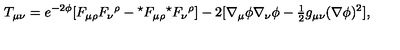
T _ { \mu \nu } = e ^ { - 2 \phi } [ F _ { \mu \rho } F _ { \nu } { } ^ { \rho } - { } ^ { \star } F _ { \mu \rho } { } ^ { \star } F _ { \nu } { } ^ { \rho } ] - 2 [ \nabla _ { \mu } \phi \nabla _ { \nu } \phi - { \textstyle \frac { 1 } { 2 } } g _ { \mu \nu } ( \nabla \phi ) ^ { 2 } ] ,